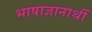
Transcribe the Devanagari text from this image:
भाषाज्ञानार्थी